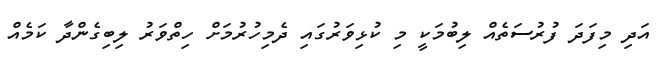
އަދި މިފަދަ ފުރުސަތެއް ލިބުމަކީ މި ކުޅިވަރުގައި ދެމިހުރުމަށް ހިތްވަރު ލިބިގެންދާ ކަމެއް